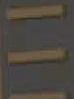
E